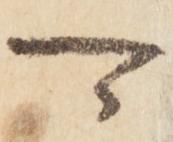
可